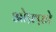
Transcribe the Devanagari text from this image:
ओफ़्फ़ो